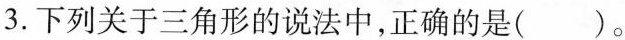
3.下列关于三角形的说法中，正确的是( )。